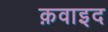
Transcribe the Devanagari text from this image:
क़वाइद